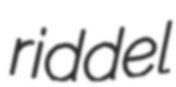
riddel